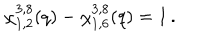
\chi _ { 1 , 2 } ^ { 3 , 8 } ( q ) - \chi _ { 1 , 6 } ^ { 3 , 8 } ( q ) = 1 \, .